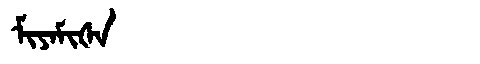
Manchu: ᠮᡳᠶᠠᠮᡳᡧᠠ
Romanization: MIYAMIŠA